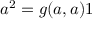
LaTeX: a ^ { 2 } = g ( a , a ) 1